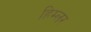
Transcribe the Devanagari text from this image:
हिम्लर